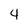
Character: 4